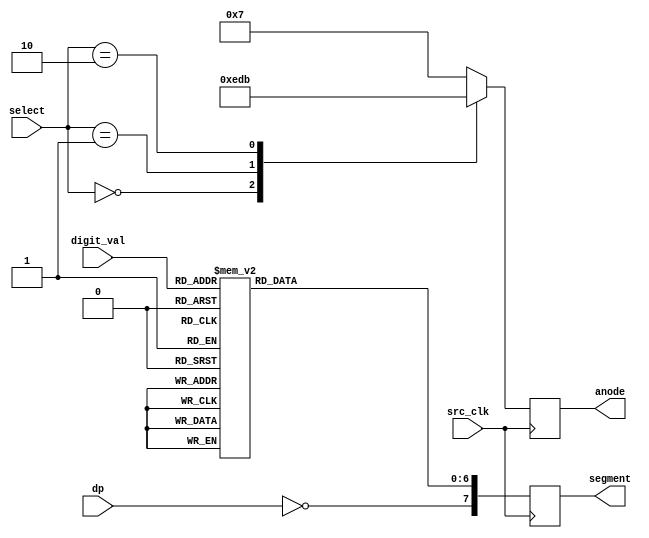
`timescale 1ns / 1ps
//////////////////////////////////////////////////////////////////////////////////
// Company: 
// Engineer: 
// 
// Design Name: 
// Module Name:    seven_segment 
// Project Name: 
// Target Devices: 
// Tool versions: 
// Description: 
//
// Dependencies: 
//
// Revision: 
// Revision 0.01 - File Created
// Additional Comments: 
//
//////////////////////////////////////////////////////////////////////////////////
module seven_segment(input [1:0] select,
    input [3:0] digit_val,
    input dp,
	 input src_clk,
	 //input src_rst,
	 output reg [3:0]anode,
	 output reg [7:0]segment
    );
	
	always @ (posedge src_clk)
	begin
		// anode
		case(select)
			0:	anode <= 4'b1110;
			1: anode <= 4'b1101;
			2: anode <= 4'b1011;
			default: anode <= 4'b0111;
		endcase
				
		//cathodes
		case(digit_val)
			0:	segment <= 8'b11000000;//8'b00000011; // DP CG CF CE CD CC CB CA 
			1:	segment <= 8'b11111001;//8'b10011111;
			2:	segment <= 8'b10100100;//8'b00100011;
			3:	segment <= 8'b10110000;//8'b00001101;
			4:	segment <= 8'b10011001;//8'b10011101;
			5:	segment <= 8'b10010010;//8'b01001001;
			6:	segment <= 8'b10000010;//8'b01000001;
			7:	segment <= 8'b11111000;//8'b00011111;
			8:	segment <= 8'b10000000;//8'b00000001;
			default: segment <= 8'b10011000;//8'b00011001;
		endcase	
		
		// Set decimal point
		segment[7] <= ~dp;
		
	end
endmodule